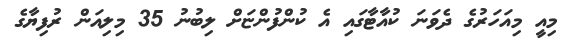
މިއީ މިއަހަރުގެ ދެވަނަ ކުއާޓާގައި އެ ކުންފުންޏަށް ލިބުނު 35 މިލިއަން ރުފިޔާގެ